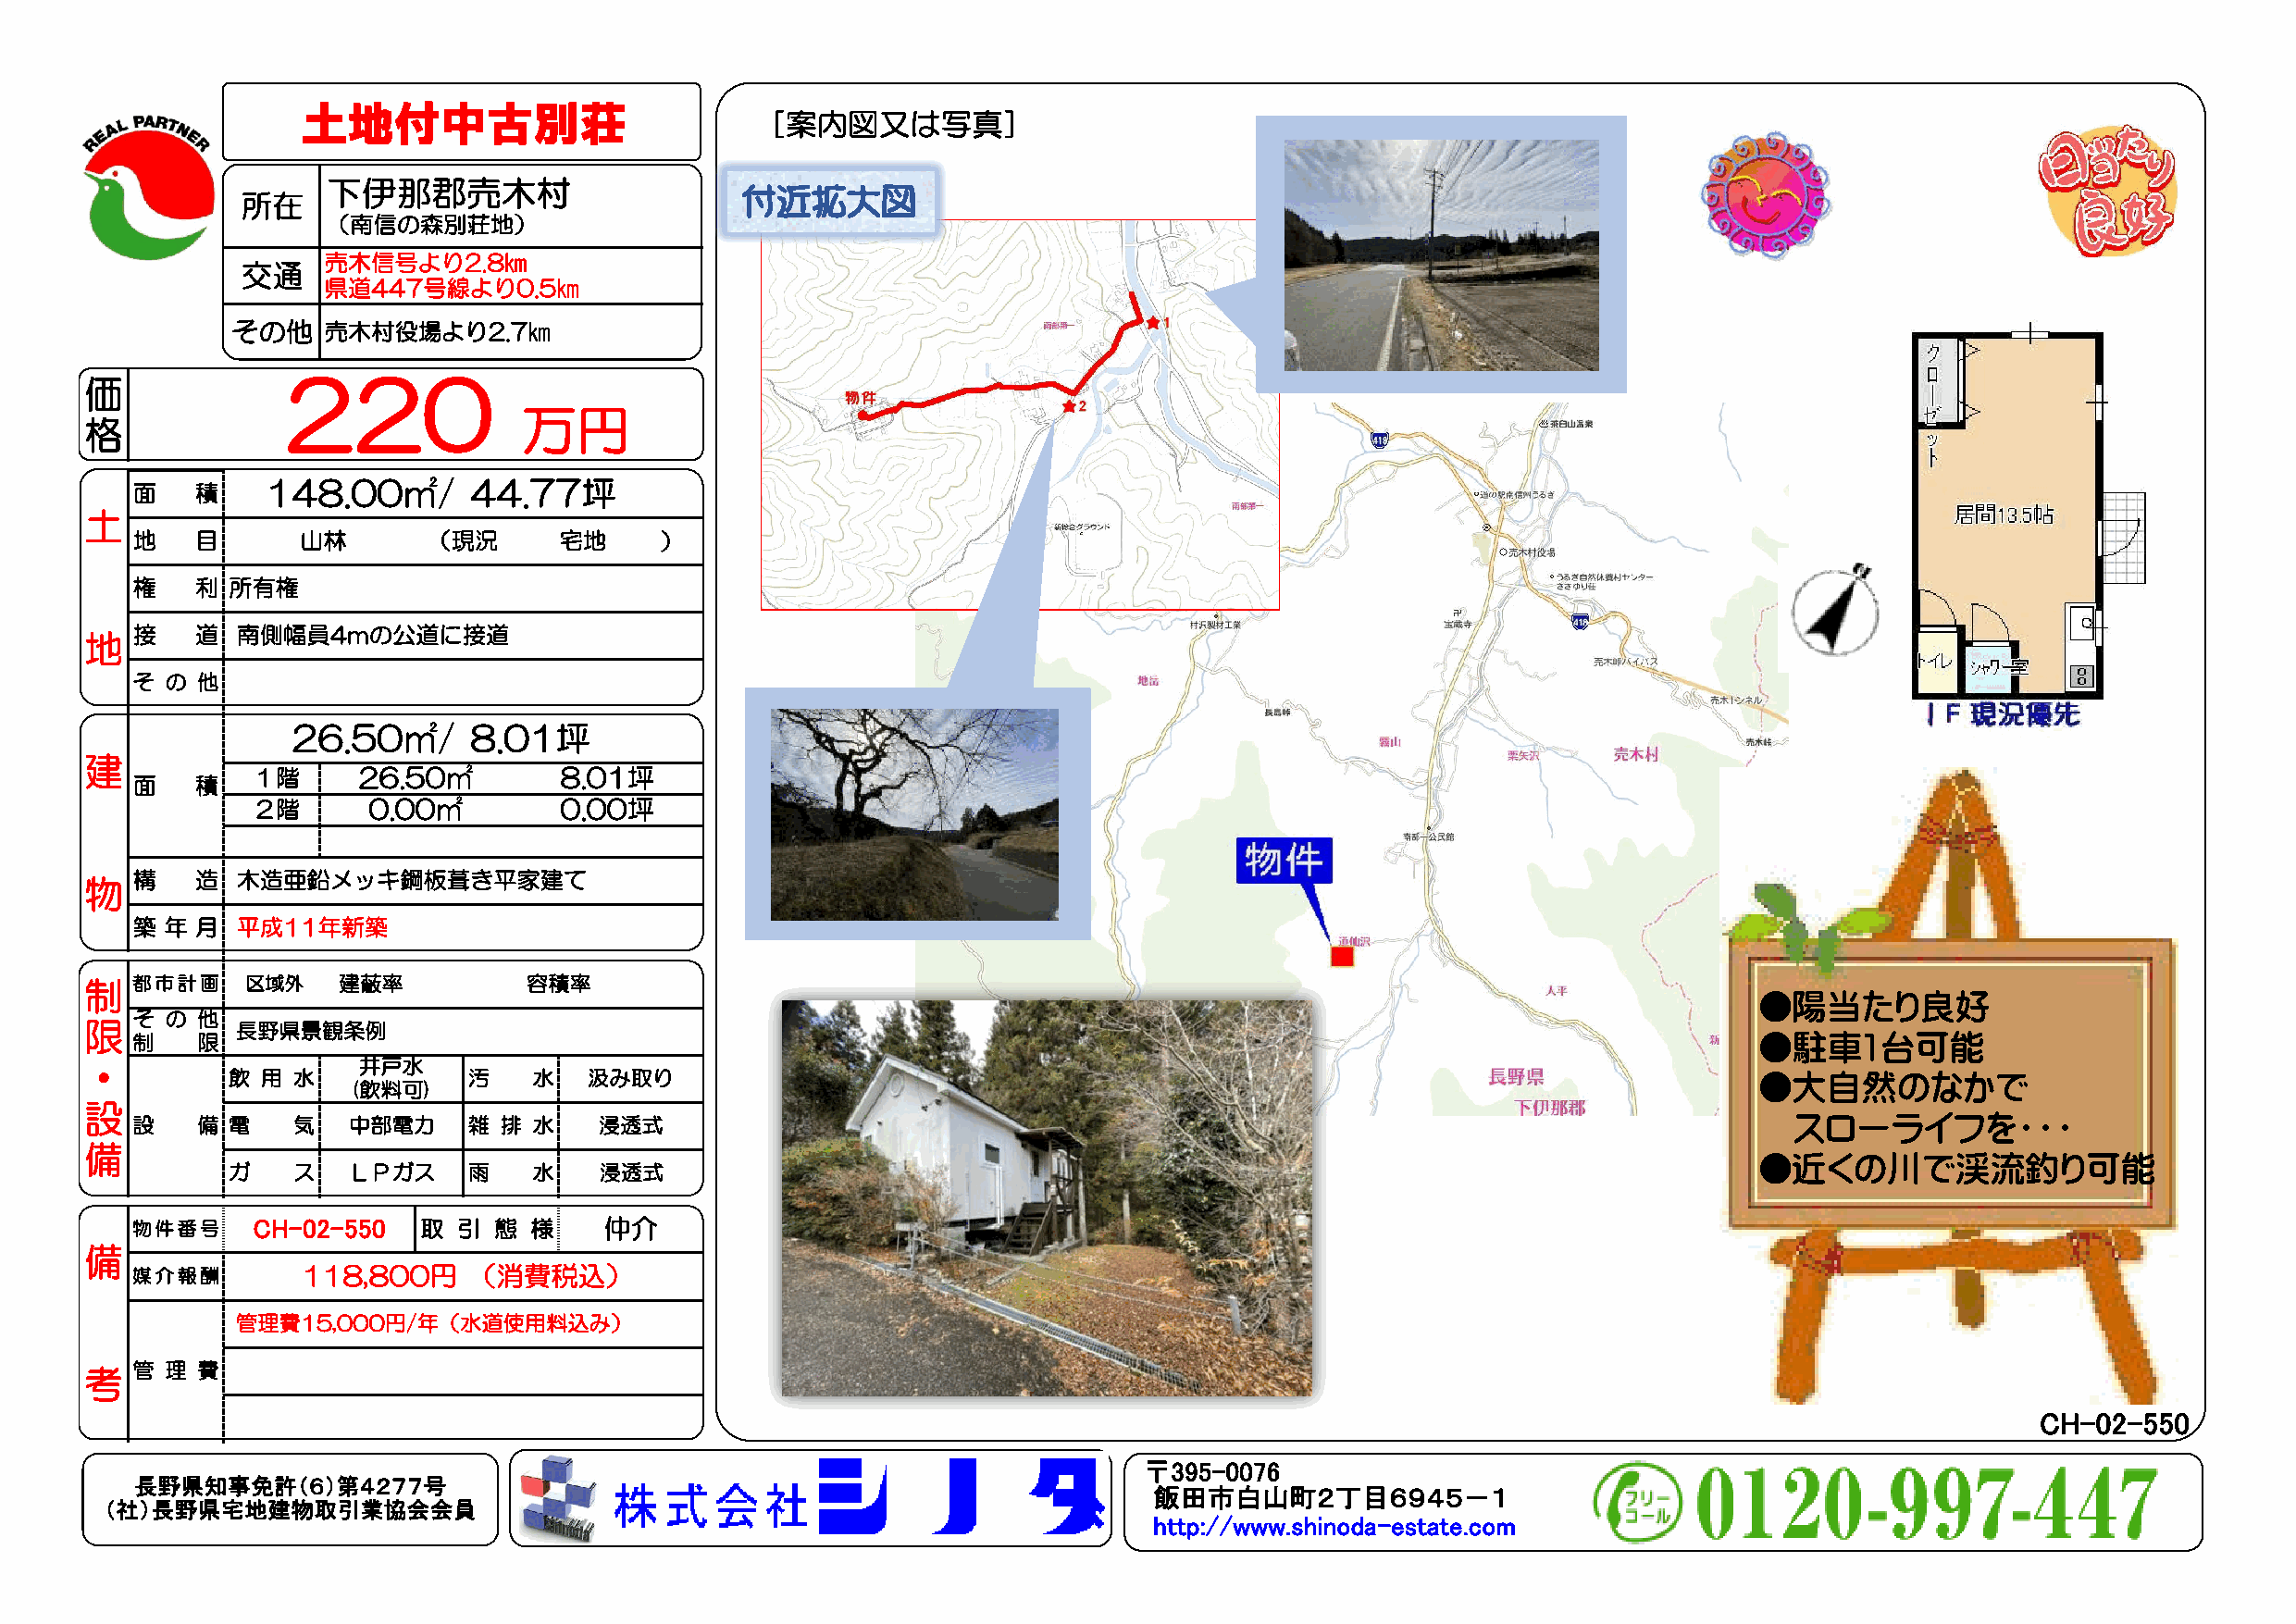
土地付中古別荘
 ［案内図又は写真］
 下伊那郡売木村
 付近拡大図
 所在
 （南信の森別荘地）
 売木信号より2.8㎞
 交通
 県道447号線より0.5㎞
 その他   売木村役場より2.7㎞
 220
 価
 万円
 格
 面   積    148.00㎡/       44.77坪
 土
 地   目      山林        （現況      宅地     ）
 権   利 所有権
 接   道  南側幅員4mの公道に接道
 地
 そ の 他
 26.50㎡/      8.01坪
 建
 １階      26.50㎡        8.01坪
 面   積
 ２階      0.00㎡         0.00坪
 構   造  木造亜鉛メッキ鋼板葺き平家建て
 物
 築 年 月  平成11年新築
 制  都市計画     区域外   建蔽率           容積率
 ●陽当たり良好
 そ の 他
 限          長野県景観条例
 制   限                                                                                                               ●駐車1台可能
 ・                   井戸水
 飲  用 水           汚    水   汲み取り                                                                                ●大自然のなかで
 (飲料可)
 設
 設   備 電    気   中部電力    雑  排 水    浸透式                                                                                  スローライフを・・・
 備
 ●近くの川で渓流釣り可能
 ガ    ス   ＬＰガス    雨    水    浸透式
 物件番号     CH-02-550   取  引 態  様    仲介
 備
 媒介報酬         118,800円    （消費税込）
 管理費15,000円/年（水道使用料込み）
 考   管 理 費
 CH-02-550
 〒395-0076
 長野県知事免許（６）第４２７７号
 飯田市白山町２丁目６９４５－１
 （社）長野県宅地建物取引業協会会員
 http://www.shinoda-estate.com